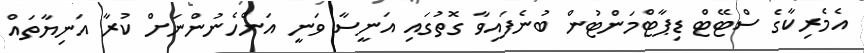
އެމެރިކާގެ ސްޓޭޓް ޑިޕާޓްމަންޓުން ބުނެފައިވާ ގޮތުގައި އަނީސާ ވަނީ އަންހެނުންނަށް ކުރާ އަނިޔާތައް